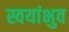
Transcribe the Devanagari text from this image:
स्वयांभुव